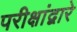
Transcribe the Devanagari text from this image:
परीक्षांद्वारे